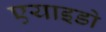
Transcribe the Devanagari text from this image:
एयाइडो